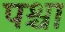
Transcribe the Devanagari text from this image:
पश्चा